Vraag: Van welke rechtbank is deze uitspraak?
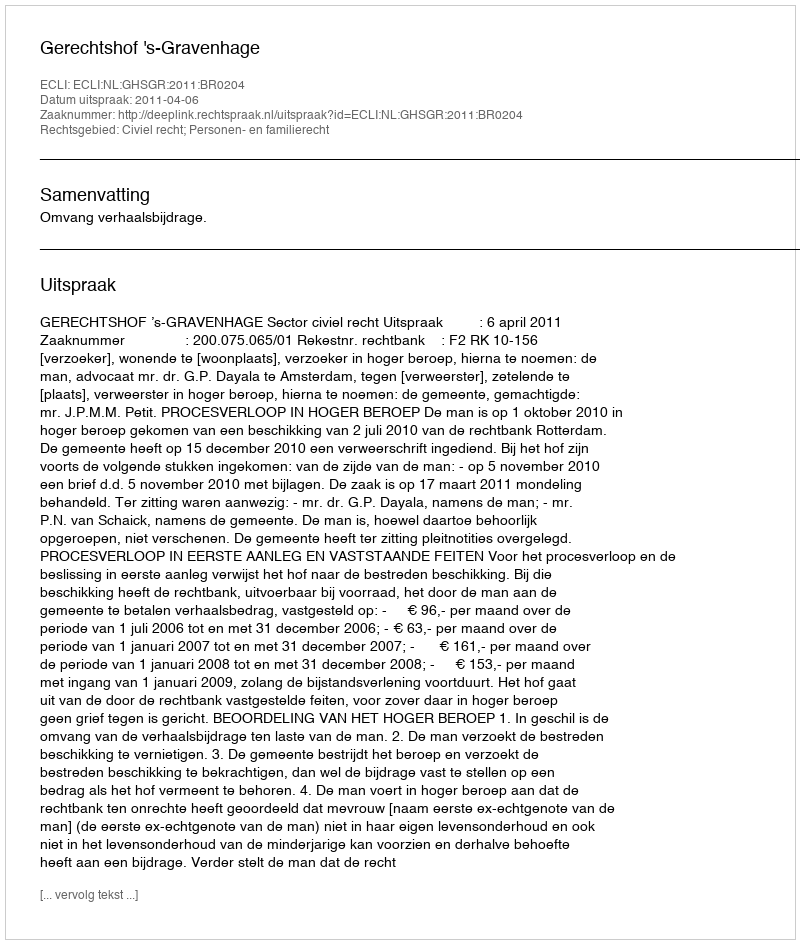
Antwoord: Gerechtshof 's-Gravenhage